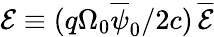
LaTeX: {\cal E}\equiv(q\Omega_{0}\overline{{\psi}}_{0}/2c)\, \overline{{\cal E}}